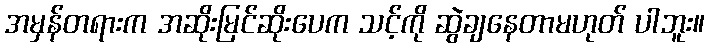
အမှန်တရားက အဆိုးမြင်ဆိုးပေက သင့်ကို ဆွဲချနေတာမဟုတ် ပါဘူး။